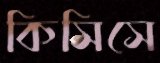
কিসিসে